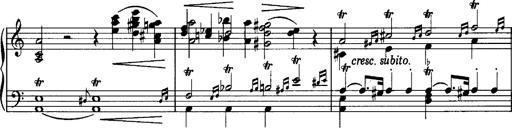
Title: La romanesca
Composer: Franz Liszt